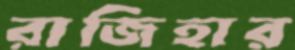
রাজিহার